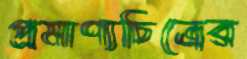
প্রমাণ্যচিত্রের